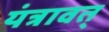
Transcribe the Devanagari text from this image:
यंत्रावत्